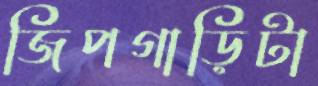
জিপগাড়িটা